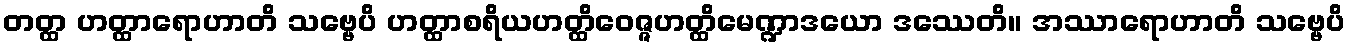
တတ္ထ ဟတ္ထာရောဟာတိ သဗ္ဗေပိ ဟတ္ထာစရိယဟတ္ထိဝေဇ္ဇဟတ္ထိမေဏ္ဍာဒယော ဒဿေတိ။ အဿာရောဟာတိ သဗ္ဗေပိ